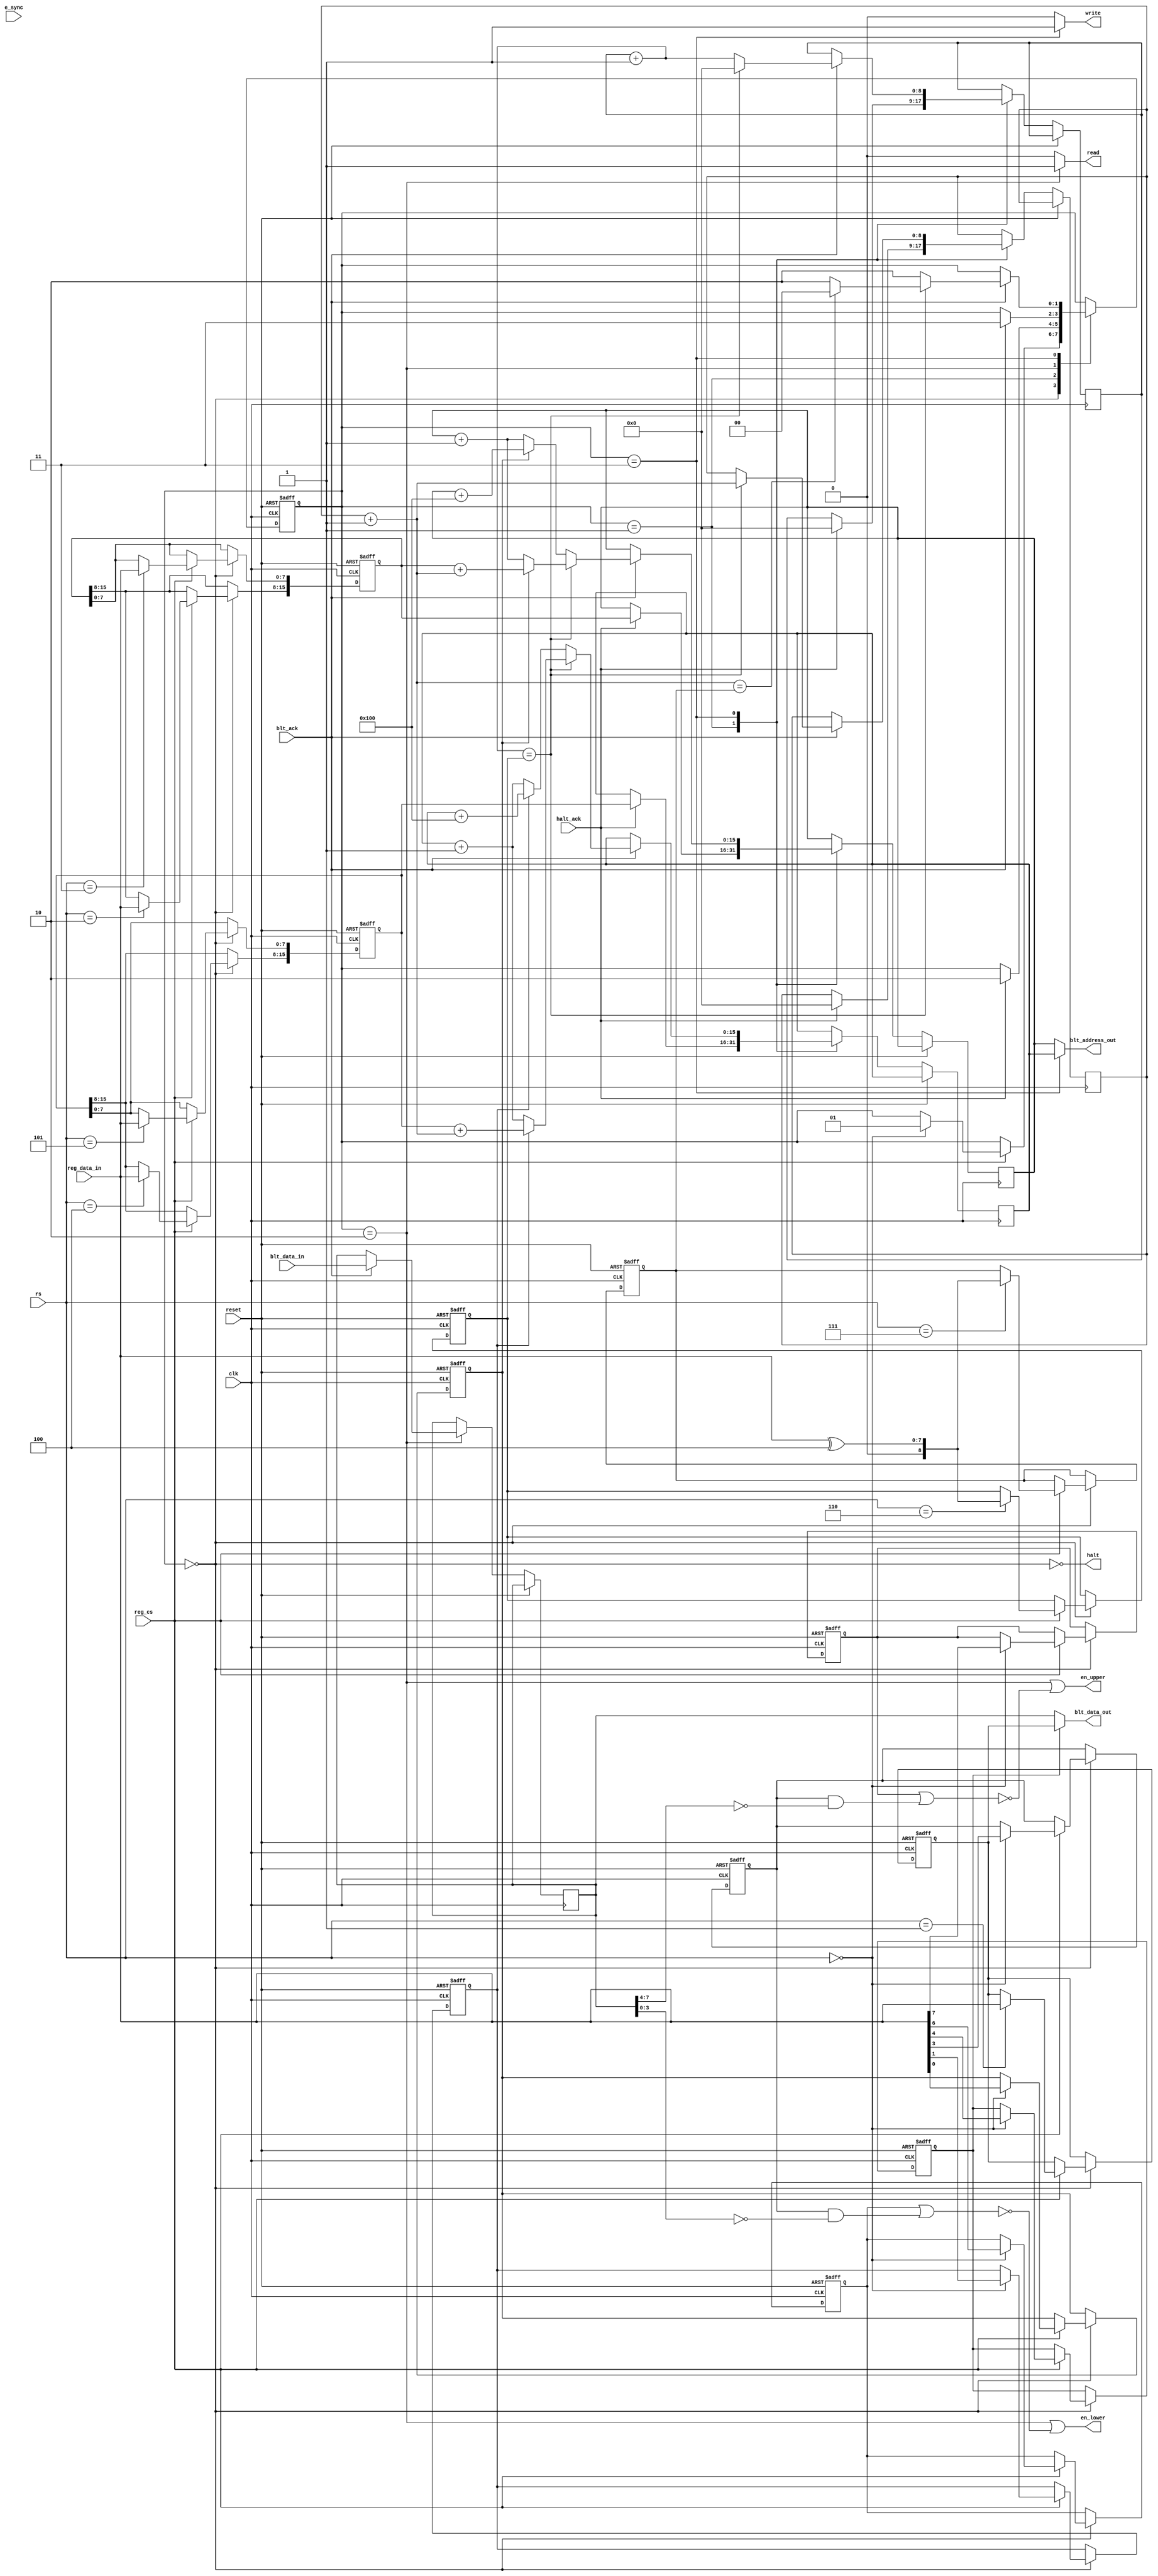
//-----------------------------------------------------------------------
//--
//-- Copyright 2012 ShareBrained Technology, Inc.
//--
//-- This file is part of robotron-fpga.
//--
//-- robotron-fpga is free software: you can redistribute
//-- it and/or modify it under the terms of the GNU General
//-- Public License as published by the Free Software
//-- Foundation, either version 3 of the License, or (at your
//-- option) any later version.
//--
//-- robotron-fpga is distributed in the hope that it will
//-- be useful, but WITHOUT ANY WARRANTY; without even the
//-- implied warranty of MERCHANTABILITY or FITNESS FOR A
//-- PARTICULAR PURPOSE. See the GNU General Public License
//-- for more details.
//--
//-- You should have received a copy of the GNU General
//-- Public License along with robotron-fpga. If not, see
//-- <http://www.gnu.org/licenses/>.
//--
//-----------------------------------------------------------------------

//-- This entity models a pair of Williams SC1 pixel BLTter ICs.
//-- The interface is modified to be more conducive to synchronous
//-- FPGA implementation.

module sc1(
           input 	 clk,
           input 	 reset,
           input 	 e_sync,

           input 	 reg_cs,
           input [7:0] 	 reg_data_in,
           input [2:0] 	 rs,

           output 	 halt,
           input 	 halt_ack,

           input 	 blt_ack,

           output 	 read,
           output 	 write,

           output [15:0] blt_address_out,
           input [7:0] 	 blt_data_in,
           output [7:0]  blt_data_out,

           output 	 en_upper,
           output 	 en_lower
	   );

   parameter [1:0]
     state_idle          = 2'd0,
     state_wait_for_halt = 2'd1,
     state_src           = 2'd2,
     state_dst           = 2'd3;
   
   // 0: Run register
   reg 			 span_src;
   reg 			 span_dst;
   reg 			 synchronize_e;
   reg 			 zero_write_suppress;
   reg 			 constant_substitution;
   reg 			 shift_right;
   reg 			 suppress_lower;
   reg 			 suppress_upper;
   
   // 1: constant substitution value
   reg [7:0] 		 constant_value;
   
   // 2, 3: source address
   reg [15:0] 		 src_base;
   
   //-- 4, 5: destination address
   reg [15:0] 		 dst_base;
   
   // 6: width
   reg [8:0] 		 width;
   
   // 7: height
   reg [8:0] 		 height;
   
   // Internal
   reg [1:0] 		 state;
   
   reg [7:0] 		 blt_src_data;

   reg [15:0] 		 src_address;
   reg [15:0] 		 dst_address;
   
   reg [8:0] 		 x_count;
   wire [8:0] 		 x_count_next;
   reg [8:0] 		 y_count;
   wire [8:0] 		 y_count_next;
   
   //
   assign halt = ~(state == state_idle);
   
   assign blt_address_out = state == state_dst ? dst_address : src_address;
   assign read = state == state_src ? 1'b1 : 1'b0;
   assign write = state == state_dst ? 1'b1 : 1'b0;
   
   assign en_upper = (state == state_src) ||
                     (~(suppress_upper ||
			(zero_write_suppress && blt_src_data[7:4] == 4'b0000)
			));

   assign en_lower = (state == state_src) ||
                     (~(suppress_lower ||
			(zero_write_suppress && blt_src_data[3:0] == 4'b0000)
			));
   
   assign blt_data_out = constant_substitution ? constant_value : blt_src_data;
   
   assign x_count_next = x_count + 1;
   assign y_count_next = y_count + 1;

   always @(posedge clk or posedge reset)
     if (reset)
       begin
          state <= state_idle;

	  span_src <= 1'b0;
	  span_dst <= 1'b0;
	  synchronize_e <= 1'b0;
	  zero_write_suppress <= 1'b0;
	  constant_substitution <= 1'b0;
	  shift_right <= 1'b0;
	  suppress_lower <= 1'b0;
	  suppress_upper <= 1'b0;

	  constant_value <= 8'hff;
	  src_base <= 0;
	  dst_base <= 0;
	  width <= 0;
	  height <= 0;
       end
     else
       begin
          case (state)

            state_idle:
	      begin
                 if (reg_cs)
		   begin
                      case (rs)
			3'b000:   // 0: Start BLT with attributes
			  begin
                             suppress_upper <= reg_data_in[7];
                             suppress_lower <= reg_data_in[6];
                             shift_right <= reg_data_in[5];
                             constant_substitution <= reg_data_in[4];
                             zero_write_suppress <= reg_data_in[3];
                             synchronize_e <= reg_data_in[2];
                             span_dst <= reg_data_in[1];
                             span_src <= reg_data_in[0];
			     
                             state <= state_wait_for_halt;
			  end
			
			3'b001:  // 1: mask
                          constant_value <= reg_data_in;
			
			3'b010:  // 2: source address (high)
                          src_base[15:8] <= reg_data_in;
			
			3'b011:  // 3: source address (low)
                          src_base[7:0] <= reg_data_in;
			
			3'b100:  // 4: destination address (high)
                          dst_base[15:8] <= reg_data_in;
			
			3'b101:  // 5: destination address (low)
                          dst_base[7:0] <= reg_data_in;
			
			3'b110:  // 6: width
                          width <= { 1'b0, reg_data_in ^ 8'b00000100 };
			
			3'b111: // 7: height
                          height <= { 1'b0, reg_data_in ^ 8'b00000100 };

			default:
			  ;    // Do nothing.
		      endcase // case (rs)
		   end // if (reg_cs)
              end // case: state_idle
	    
	    state_wait_for_halt:
	      begin
                 if (halt_ack)
		   begin
                      src_address <= src_base;
                      dst_address <= dst_base;
                      
                      // TODO: Handle width or height = 0?
                      x_count <= 0;
                      y_count <= 0;

                      state <= state_src;
		   end
              end // case: state_wait_for_halt
	    
            state_src:
	      begin
                 if (blt_ack)
		   begin
                      blt_src_data <= blt_data_in;
                      state <= state_dst;
		   end
              end
            
            state_dst:
	      begin
                 if (blt_ack)
		   begin
                      state <= state_src;

                      if (x_count_next == width)
			begin
                           x_count <= 0;
                           y_count <= y_count_next;

                           if (y_count_next == height)
                             state <= state_idle;
			   
                           if (span_src)
                             src_address <= src_base + { 7'b0, y_count_next };
                           else
                             src_address <= src_address + 16'd1;
			   
                           if (span_dst)
                             dst_address <= dst_base + { 7'b0, y_count_next };
                           else
                             dst_address <= dst_address + 16'd1;
			end
                      else
			begin
                           x_count <= x_count_next;

                           if (span_src)
                             src_address <= src_address + 16'd256;
                           else
                             src_address <= src_address + 16'd1;
			   
                           if (span_dst)
                             dst_address <= dst_address + 16'd256;
                           else
                             dst_address <= dst_address + 16'd1;
			end
		   end // if (blt_ack)
	      end // case: state_dst

	    default:
	      ;                // Do nothing.
            
          endcase
       end // else: !if(reset)

endmodule // sc1